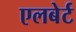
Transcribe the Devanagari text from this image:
एलबेर्ट